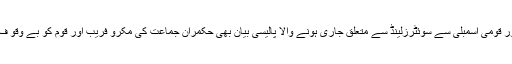
تاہم پچھلے دِنوں وفاقی وزیرخزانہ اسحا ق ڈار کا سینیٹ اور قومی اسمبلی سے سوئٹرزلینڈ سے متعلق جاری ہونے والا پالیسی بیان بھی حکمران جماعت کی مکرو فریب اور قوم کو بے وقو ف بنا کراِس کی آنکھ میں دھول جھونکنے کے مترادف ہے۔